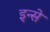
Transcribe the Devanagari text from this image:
इन्से